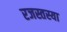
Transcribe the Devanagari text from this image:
रजस्तस्या